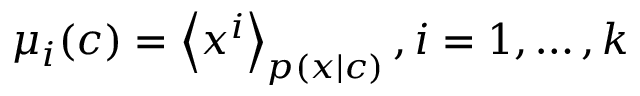
\mu _ { i } ( c ) = \left\langle x ^ { i } \right\rangle _ { p ( x | c ) } , i = 1 , \ldots , k